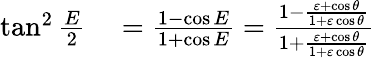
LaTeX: \begin{array}{rl}{\tan^{2}{\frac{E}{2}}}&{{}={\frac{1-\cos E}{1+\cos E}}={\frac{1-{\frac{\varepsilon+\cos\theta}{1+\varepsilon\cos\theta}}}{1+{\frac{\varepsilon+\cos\theta}{1+\varepsilon\cos\theta}}}}}\end{array}